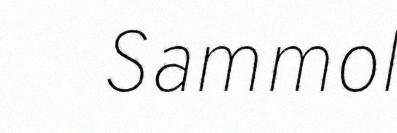
Sammol